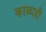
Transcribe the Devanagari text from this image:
काळाही